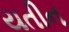
યતીન